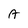
Character: A